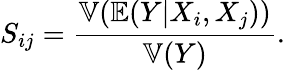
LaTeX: S_{ij}=\frac{\mathbb{V}(\mathbb{E}(Y|X_{i},X_{j}))}{\mathbb{V}(Y)}.